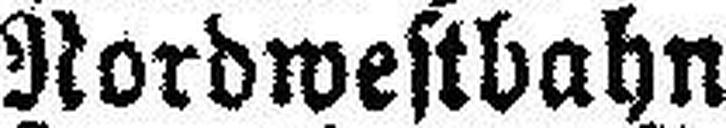
Nordwestbahn